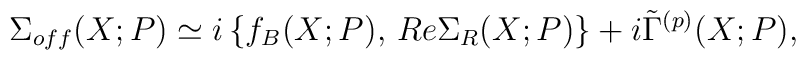
\Sigma_{off} (X; P) \simeq i \left\{ f_B (X; P), \, Re \Sigma_R (X; P) \right\} + i \tilde{\Gamma}^{(p)} (X; P) ,